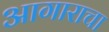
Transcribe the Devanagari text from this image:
आगाराचा